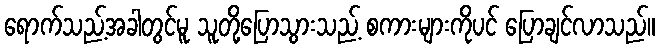
ရောက်သည့်အခါတွင်မူ သူတို့ပြောသွားသည့် စကားများကိုပင် ပြောချင်လာသည်။